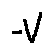
- V